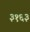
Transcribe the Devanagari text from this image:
३१६३